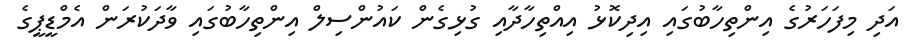
އަދި މިފަހަރުގެ އިންތިހާބުގައި އިދިކޮޅު އިއްތިހާދާއި ގުޅިގެން ކައުންސިލް އިންތިހާބުގައި ވާދަކުރަން އެމްޑީޕީގެ